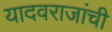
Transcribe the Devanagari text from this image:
यादवराजांची